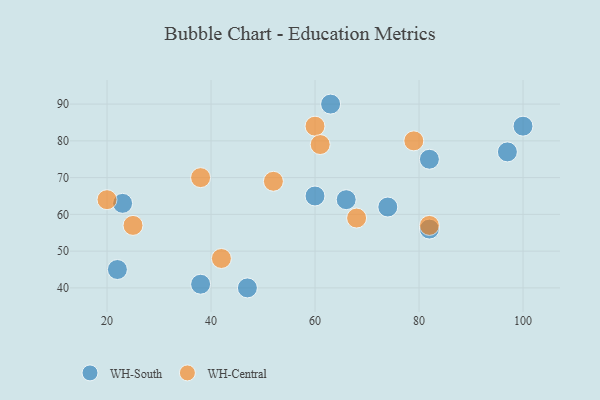
{"axis": {"x": "GDP", "y": "Life Expectancy"}, "legend": ["WH-Central", "WH-South"], "data": [{"x": "38", "y": 41, "type": "WH-South"}, {"x": "82", "y": 75, "type": "WH-South"}, {"x": "23", "y": 63, "type": "WH-South"}, {"x": "47", "y": 40, "type": "WH-South"}, {"x": "22", "y": 45, "type": "WH-South"}, {"x": "97", "y": 77, "type": "WH-South"}, {"x": "60", "y": 65, "type": "WH-South"}, {"x": "74", "y": 62, "type": "WH-South"}, {"x": "66", "y": 64, "type": "WH-South"}, {"x": "82", "y": 56, "type": "WH-South"}, {"x": "63", "y": 90, "type": "WH-South"}, {"x": "100", "y": 84, "type": "WH-South"}, {"x": "60", "y": 84, "type": "WH-Central"}, {"x": "79", "y": 80, "type": "WH-Central"}, {"x": "38", "y": 70, "type": "WH-Central"}, {"x": "42", "y": 48, "type": "WH-Central"}, {"x": "20", "y": 64, "type": "WH-Central"}, {"x": "25", "y": 57, "type": "WH-Central"}, {"x": "68", "y": 59, "type": "WH-Central"}, {"x": "61", "y": 79, "type": "WH-Central"}, {"x": "52", "y": 69, "type": "WH-Central"}, {"x": "82", "y": 57, "type": "WH-Central"}]}